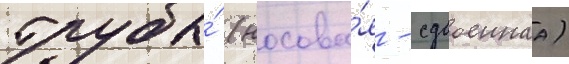
трубы́ (носова́я - сдвоеннаа)